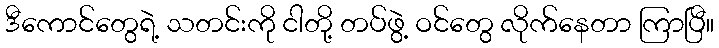
ဒီကောင်တွေရဲ့ သတင်းကို ငါတို့ တပ်ဖွဲ့ ဝင်တွေ လိုက်နေတာ ကြာပြီ။